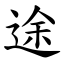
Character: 途